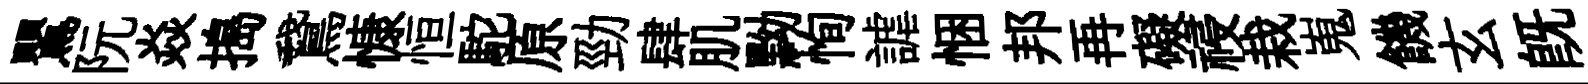
鸎阮焱搗鵞慷恒駝原勁肆肌黝恂謔悃邦再礙祲栽嵬饑玄旣